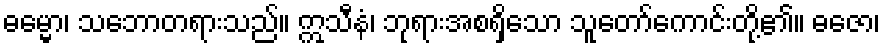
ဓမ္မော၊ သဘောတရားသည်။ ဣသီနံ၊ ဘုရားအစရှိသော သူတော်ကောင်းတို့၏။ ဓဇော၊